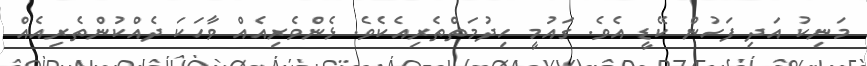
މަނިކު އަދި ފަހުން ކޭޑީ އެވެ. ގައުމީ ހިދުމަތްތެެރިއެކެވެ. ޅެންވެރިއެއް ވާހަކަ ދެއްކުންތެރިއެއް